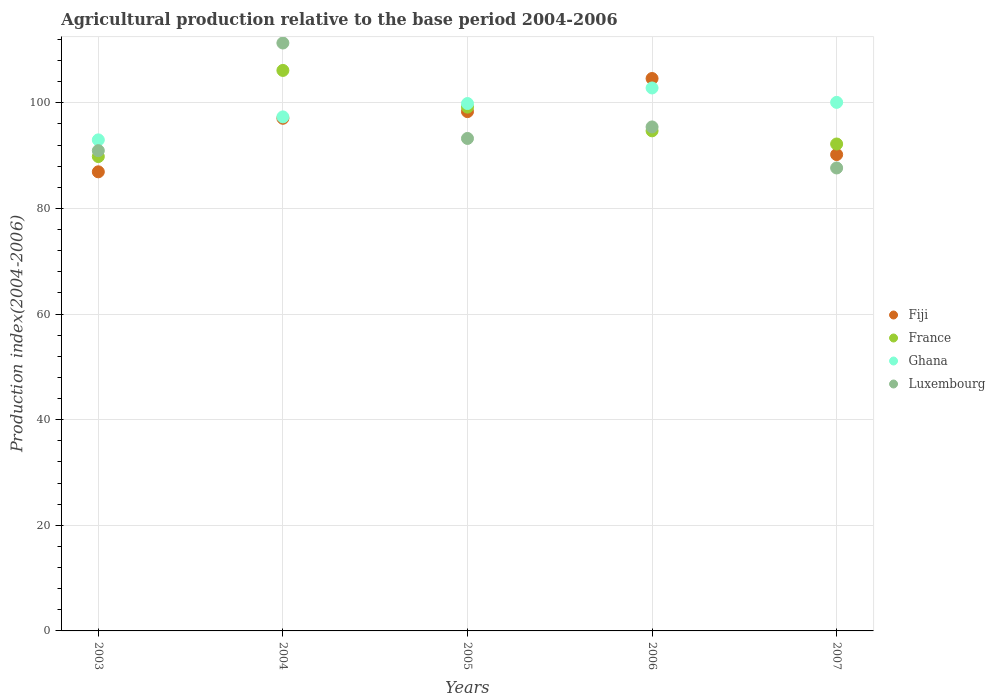
| Years | Fiji | France | Ghana | Luxembourg |
 | --- | --- | --- | --- | --- |
 | 2003 | 86.9 | 89.8 | 93 | 90.9 |
 | 2004 | 97.1 | 106 | 97.3 | 111 |
 | 2005 | 98.3 | 99.2 | 99.9 | 93.2 |
 | 2006 | 105 | 94.7 | 103 | 95.4 |
 | 2007 | 90.2 | 92.2 | 100 | 87.7 |